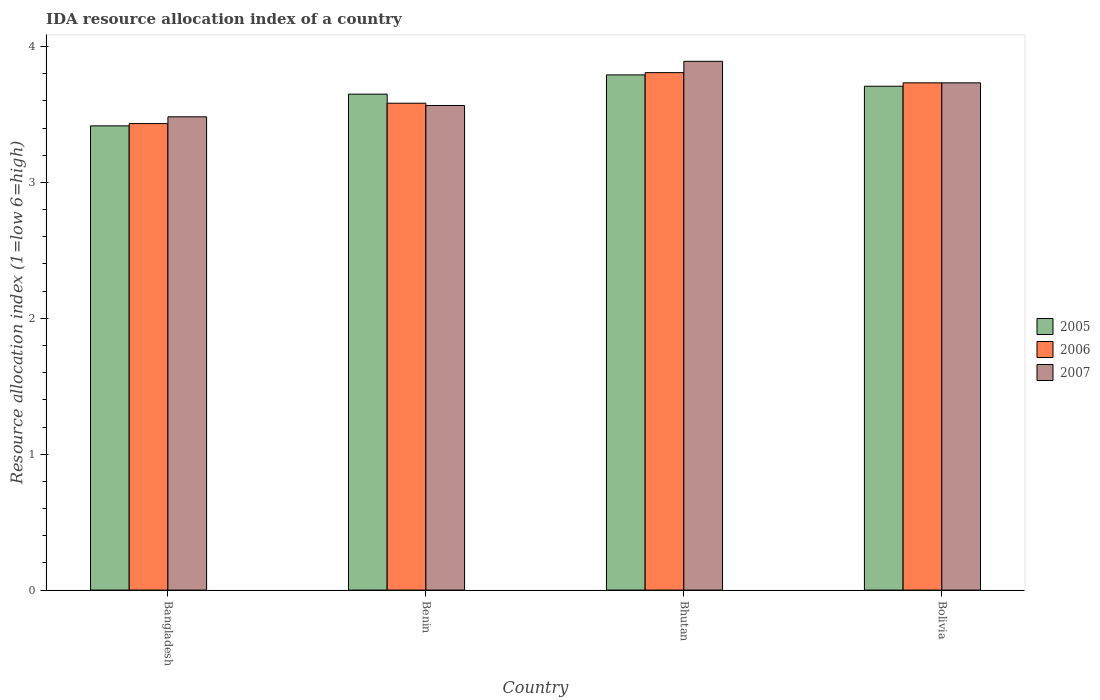
| Country | 2005 | 2006 | 2007 |
 | --- | --- | --- | --- |
 | Bangladesh | 3.42 | 3.43 | 3.48 |
 | Benin | 3.65 | 3.58 | 3.57 |
 | Bhutan | 3.79 | 3.81 | 3.89 |
 | Bolivia | 3.71 | 3.73 | 3.73 |